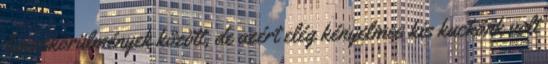
luxuskörülmények között, de azért elég kényelmes kis kuckónk volt